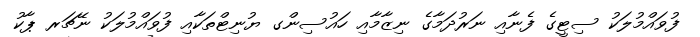
ފުވައްމުލަކު ސިޓީގެ ފެނާއި ނަރުދަމާގެ ނިޒާމާއި ހައުސިންގ ޔުނިޓްތަކާއި ފުވައްމުލަކު ނޭޗަރ ޕާކު